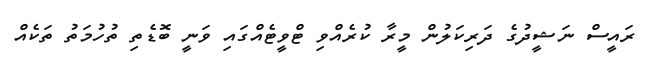
ރައީސް ނަޝީދުގެ ދަރިކަލުން މީރާ ކުރެއްވި ޓްވީޓެއްގައި ވަނީ ބޮޑެތި ތުހުމަތު ތަކެއް